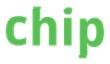
chip